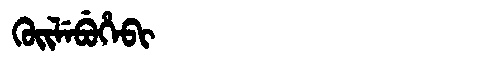
Manchu: ᡴᡠᡳᠯᡝᠪᡠᡥᡝᠪᡳ
Romanization: KUILEBUHEBI